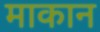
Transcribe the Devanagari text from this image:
माकान